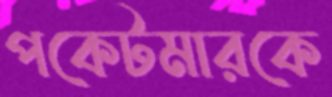
পকেটমারকে